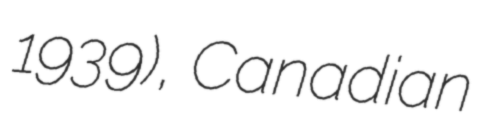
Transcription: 1939), Canadian